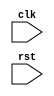
module timing_controller(
    input wire clk,
    input wire rst,
    //other inputs and outputs
    
    // timing generators, clock dividers, counters, registers, etc.
    // Add your Verilog code here
    // This is just a placeholder for the components required in the timing control block
    // Feel free to add your specific components based on the requirements
);

// Add your Verilog code for the timing control and synchronization blocks here

endmodule